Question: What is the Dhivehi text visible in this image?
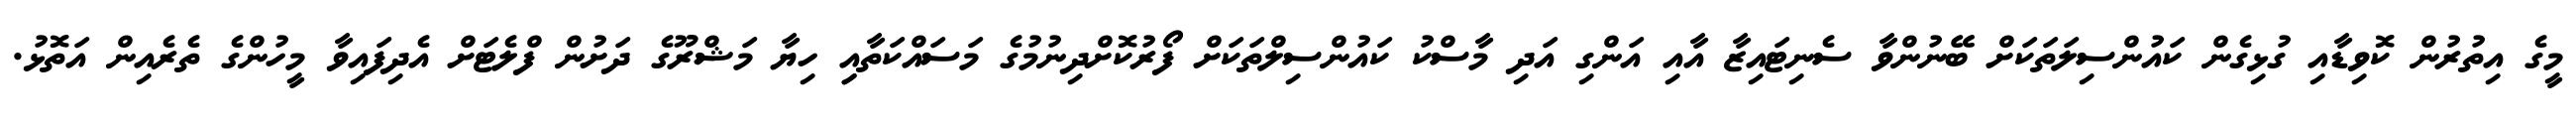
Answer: މީގެ އިތުރުން ކޮވިޑާއި ގުޅިގެން ކައުންސިލަތަކަށް ބޭނުންވާ ސެނިޓައިޒާ އާއި އަންގި އަދި މާސްކު ކައުންސިލްތަކަށް ފޯރުކޮށްދިނުމުގެ މަސައްކަތާއިި ހިޔާ މަޝްރޫގެ ދަށުން ފްލެޓަށް އެދިފައިވާ މީހުންގެ ތެރެއިން އަތޮޅު.